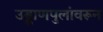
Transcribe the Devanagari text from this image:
उड्डाणपुलांवरून